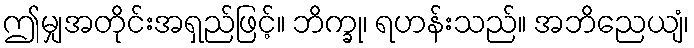
ဤမျှအတိုင်းအရှည်ဖြင့်။ ဘိက္ခု၊ ရဟန်းသည်။ အဘိညေယျံ၊